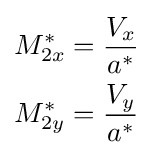
{\begin{aligned}M_{2x}^{*}&={\frac {V_{x}}{a^{*}}}\\M_{2y}^{*}&={\frac {V_{y}}{a^{*}}}\end{aligned}}